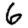
Digit: 6